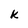
Character: k